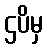
ဌပိမှ